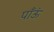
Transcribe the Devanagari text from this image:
पाँऊं